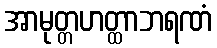
အာမုတ္တဟတ္ထာဘရဏံ